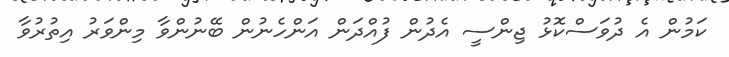
ކަމުން އެ ދުވަސްކޮޅު ޖިންސީ އެދުން ފުއްދަން އަންހެނުން ބޭނުންވާ މިންވަރު އިތުރުވާ